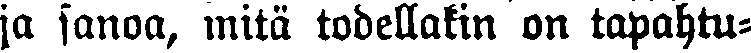
ja janoa, mitä todellakin on tapahtu-